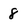
Character: 8